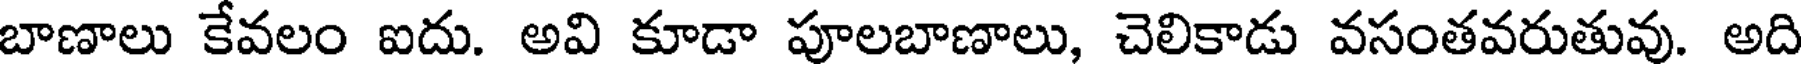
బాణాలు కేవలం ఐదు. అవి కూడా పూలబాణాలు, చెలికాడు వసంతవరుతువు. అది